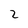
Character: Z